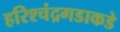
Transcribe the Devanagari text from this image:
हरिश्चंद्रगडाकडे